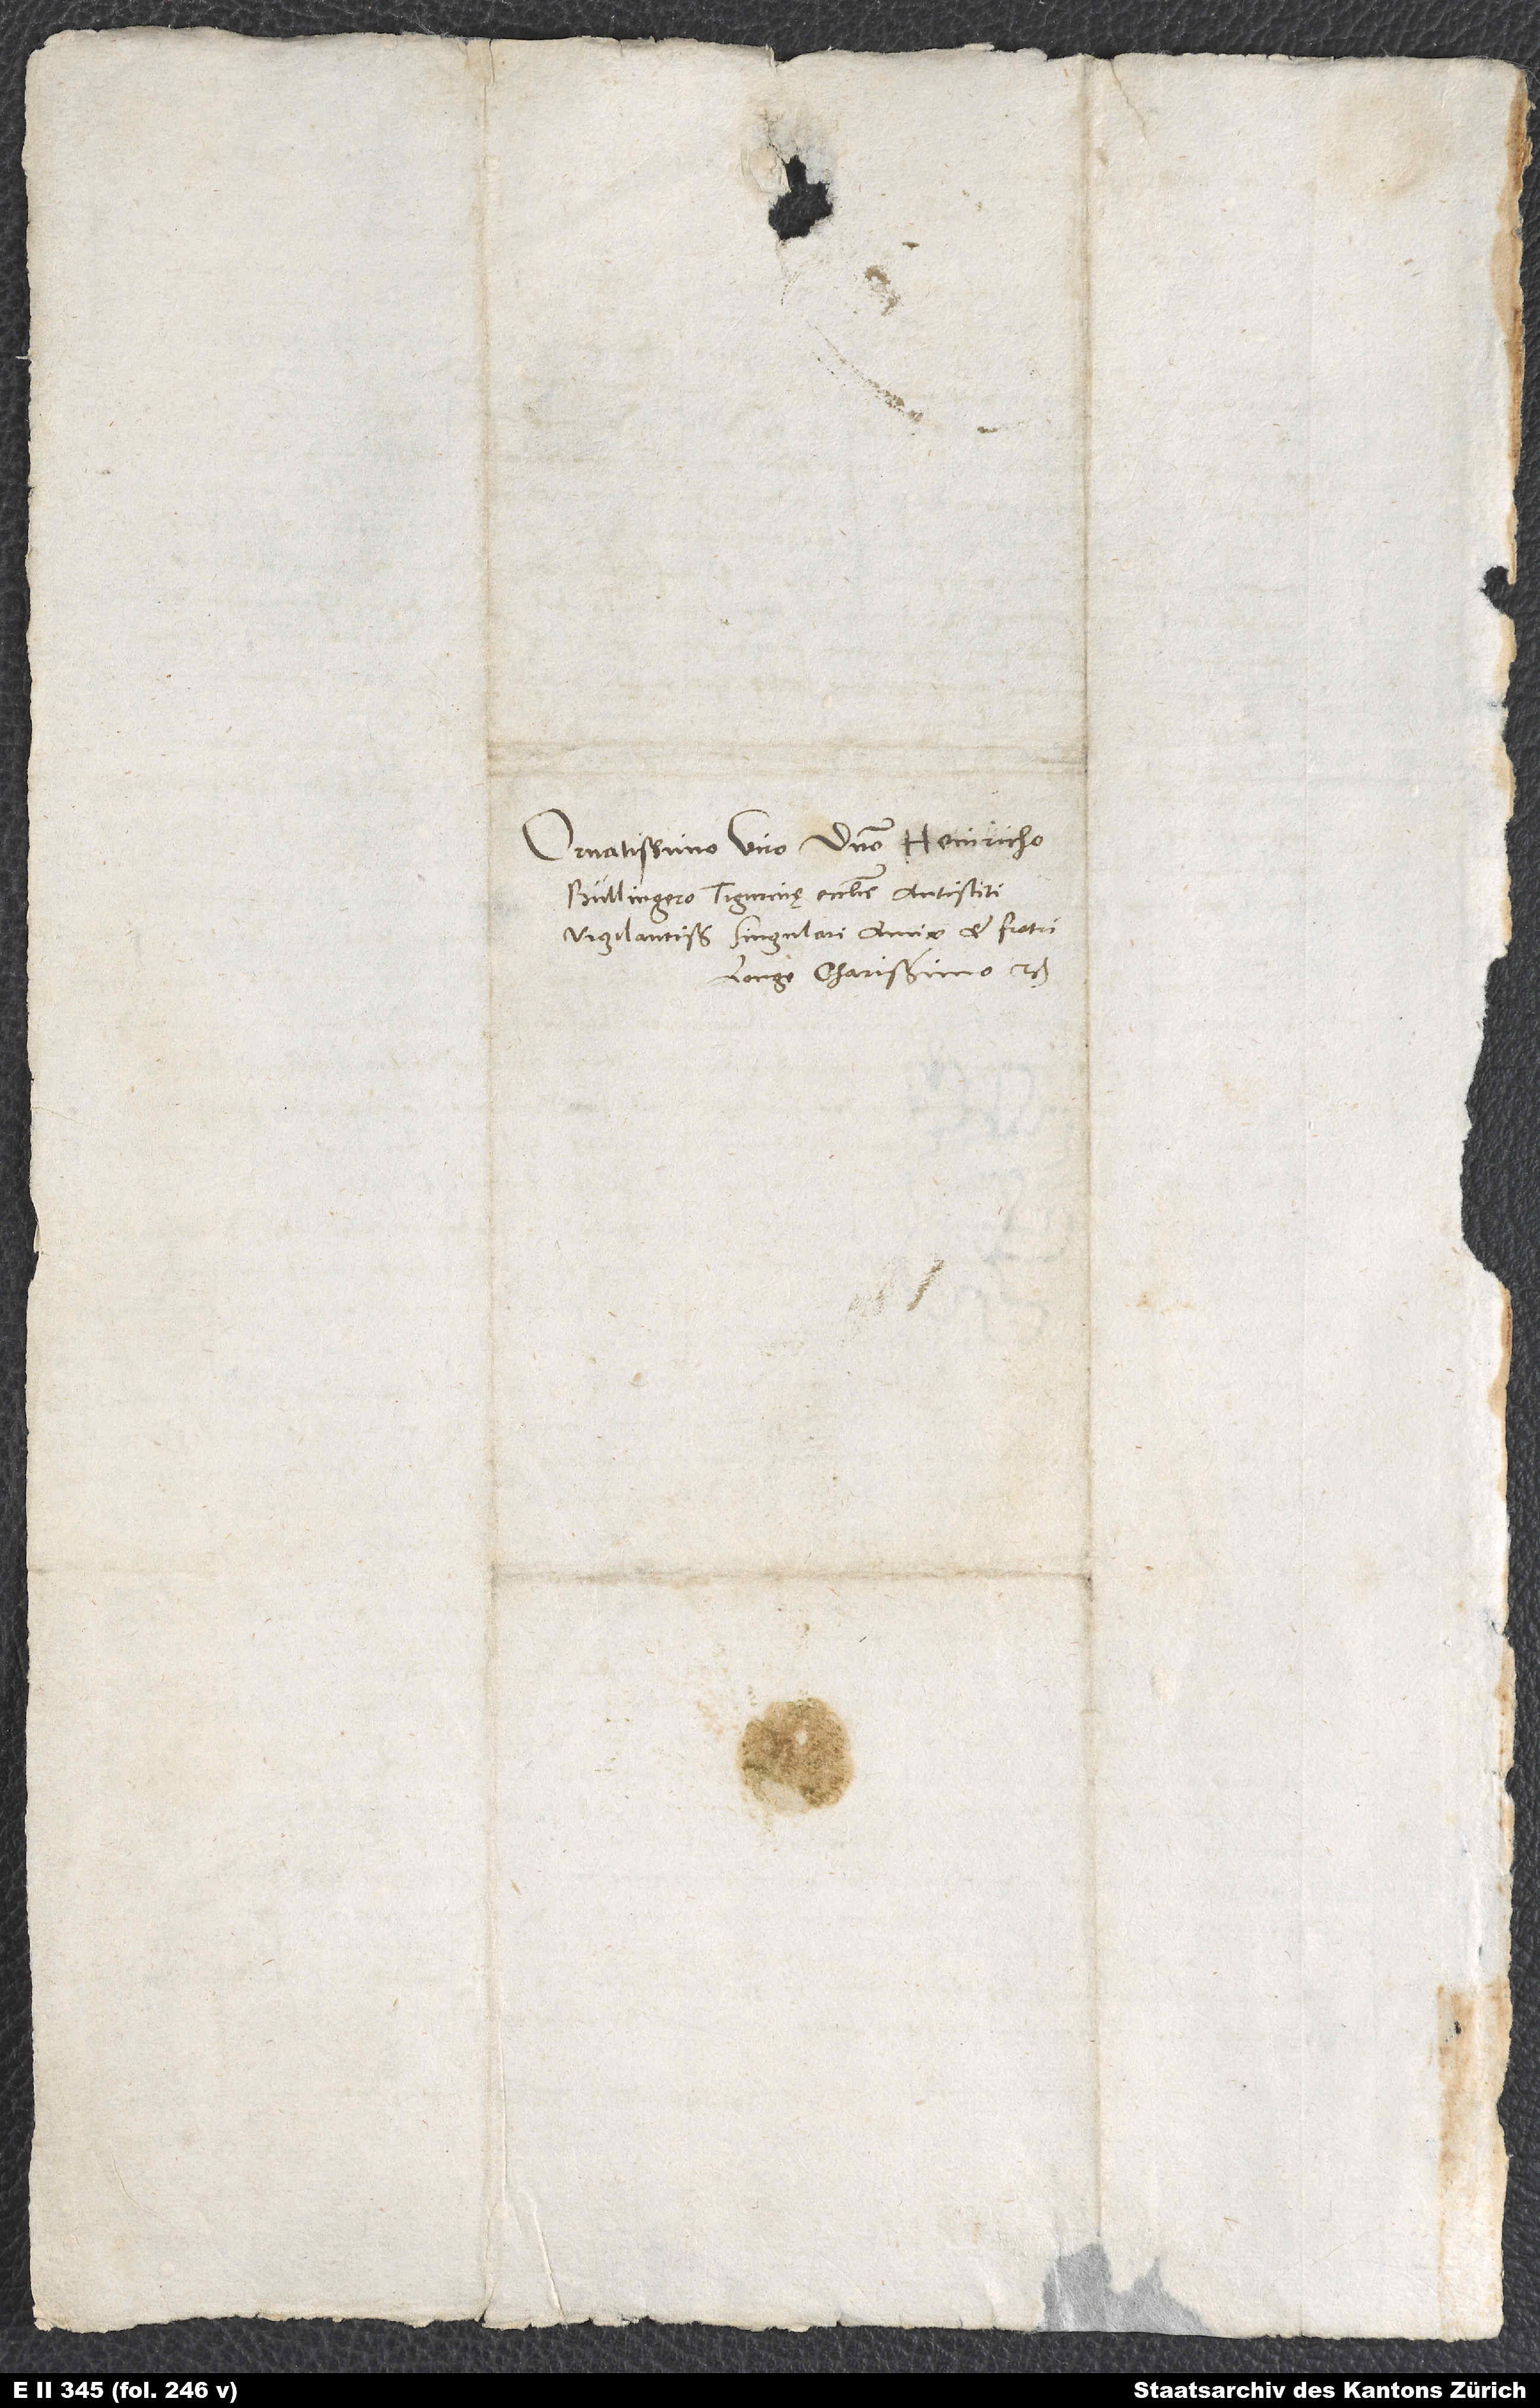
Ornatissimo viro domino Heinricho
Bullingero, Tigurinę ecclesie antistiti
vigilantissimo, singulari amico et fratri
longe charissimo etc.